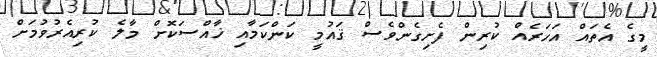
މީގެ އެތައް އަހަރެއް ކުރިން ފެށިގެންވެސް ޤައުމީ ކަންކަމާއި ޚާއްސަކޮށް މާލެ ކުރިއެރުވުމަށް